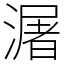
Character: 潳